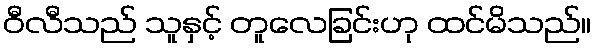
ဝီလီသည် သူနှင့် တူလေခြင်းဟု ထင်မိသည်။